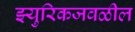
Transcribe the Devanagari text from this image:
झ्युरिकजवळील